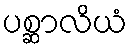
ပစ္ဆာလိယံ